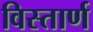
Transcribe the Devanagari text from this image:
विस्तार्ण